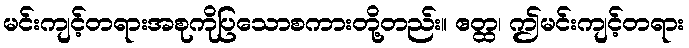
မင်းကျင့်တရားအစုကိုပြသောစကားတို့တည်း။ ဧတ္ထ၊ ဤမင်းကျင့်တရား